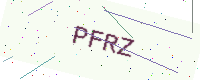
Text: PFRZ